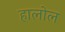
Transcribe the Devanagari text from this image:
हालोल